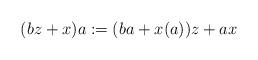
LaTeX: \begin{align*}& (bz+x)a:=(ba+x(a))z+ax\end{align*}